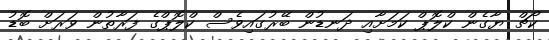
ކޯޗް ޔާގެން ކްލޮޕް ކަމަށާއި ދަނޑުން ބޭރުގައިވެސް ކްލޮޕްގެ ފަރާތުން ވަރަށް ބޮޑު